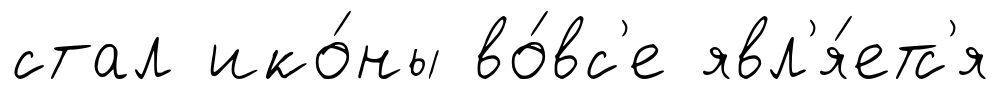
стал ико́ны во́вс'е явл'я́етс'я